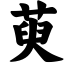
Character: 萸